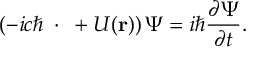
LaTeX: \left( - i c \hbar \mathbf { \alpha } \cdot \mathbf { \nabla } + U ( \mathbf { r } ) \right) \Psi = i \hbar \frac { \partial \Psi } { \partial t } .